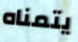
يتمناه